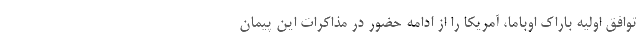
توافق اولیه باراک اوباما، آمریکا را از ادامه حضور در مذاکرات این پیمان